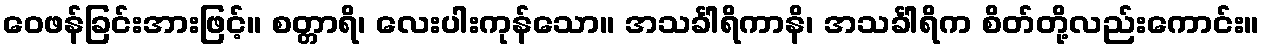
ဝေဖန်ခြင်းအားဖြင့်။ စတ္တာရိ၊ လေးပါးကုန်သော။ အသင်္ခါရိကာနိ၊ အသင်္ခါရိက စိတ်တို့လည်းကောင်း။